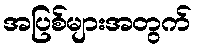
အပြစ်များအတွက်